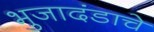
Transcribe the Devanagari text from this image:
भुजादंडाचे